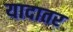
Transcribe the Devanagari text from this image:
यादातर